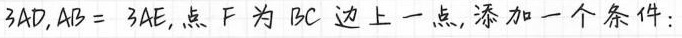
3 A D$$,$$A B = 3 A E$$，点F为BC边上一点，添加一个条件：